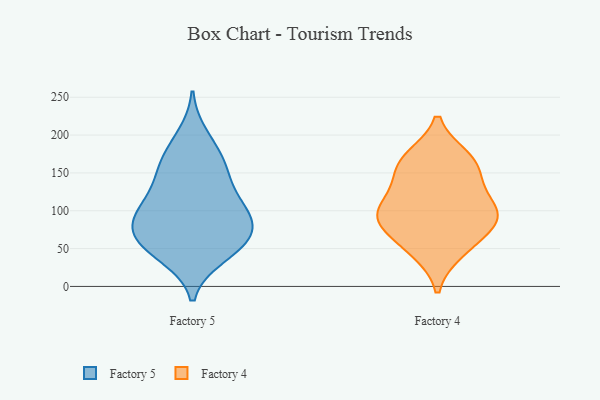
{"axis": {"x": "Temperature (°C)", "y": "Value"}, "legend": ["Factory 4", "Factory 5"], "data": [{"x": "", "y": 56, "type": "Factory 5"}, {"x": "", "y": 68, "type": "Factory 5"}, {"x": "", "y": 159, "type": "Factory 5"}, {"x": "", "y": 99, "type": "Factory 5"}, {"x": "", "y": 142, "type": "Factory 5"}, {"x": "", "y": 200, "type": "Factory 5"}, {"x": "", "y": 39, "type": "Factory 5"}, {"x": "", "y": 108, "type": "Factory 5"}, {"x": "", "y": 71, "type": "Factory 5"}, {"x": "", "y": 62, "type": "Factory 5"}, {"x": "", "y": 162, "type": "Factory 5"}, {"x": "", "y": 97, "type": "Factory 5"}, {"x": "", "y": 177, "type": "Factory 5"}, {"x": "", "y": 131, "type": "Factory 5"}, {"x": "", "y": 101, "type": "Factory 5"}, {"x": "", "y": 87, "type": "Factory 5"}, {"x": "", "y": 39, "type": "Factory 5"}, {"x": "", "y": 67, "type": "Factory 5"}, {"x": "", "y": 90, "type": "Factory 4"}, {"x": "", "y": 161, "type": "Factory 4"}, {"x": "", "y": 98, "type": "Factory 4"}, {"x": "", "y": 170, "type": "Factory 4"}, {"x": "", "y": 138, "type": "Factory 4"}, {"x": "", "y": 122, "type": "Factory 4"}, {"x": "", "y": 46, "type": "Factory 4"}, {"x": "", "y": 54, "type": "Factory 4"}, {"x": "", "y": 94, "type": "Factory 4"}, {"x": "", "y": 81, "type": "Factory 4"}, {"x": "", "y": 94, "type": "Factory 4"}, {"x": "", "y": 166, "type": "Factory 4"}]}